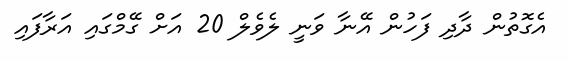
އެގޮތުން ދާދި ފަހުން އޭނާ ވަނީ ލެވެލް 20 އަށް ގޭމްގައި އަރާފައި